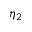
\eta _ { 2 }